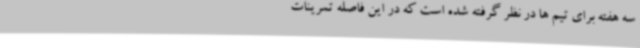
سه هفته برای تیم ها در نظر گرفته شده است که در این فاصله تمرینات